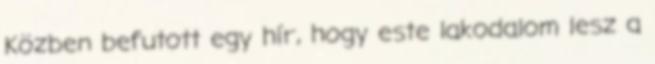
Közben befutott egy hír, hogy este lakodalom lesz a